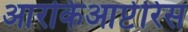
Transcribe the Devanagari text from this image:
आरकिआप्टेरिस